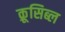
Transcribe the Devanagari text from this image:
क्रूसिब्ल